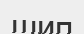
шип